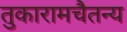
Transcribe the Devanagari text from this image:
तुकारामचैतन्य